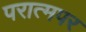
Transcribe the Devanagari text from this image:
परात्मपर